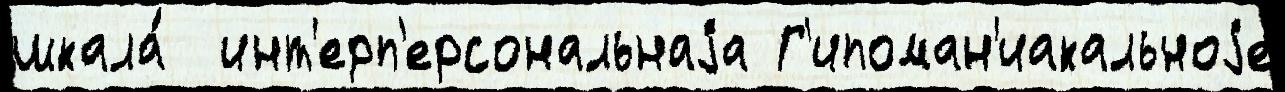
шкала́  инт'ерп'ерсональнаjа Г'ипоман'иакальноjе